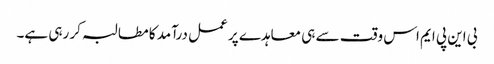
بی این پی ایم اس وقت سے ہی معاہدے پر عمل درآمد کا مطالبہ کر رہی ہے۔